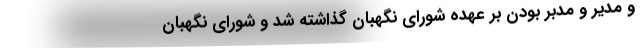
و مدیر و مدبر بودن بر عهده شورای نگهبان گذاشته شد و شورای نگهبان